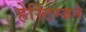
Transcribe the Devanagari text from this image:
हेस्टिंग्जने